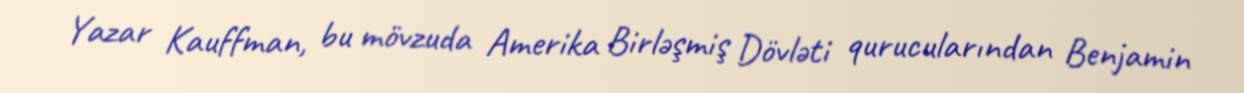
Yazar Kauffman, bu mövzuda Amerika Birləşmiş Dövləti qurucularından Benjamin